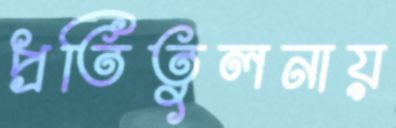
প্রতিতুলনায়